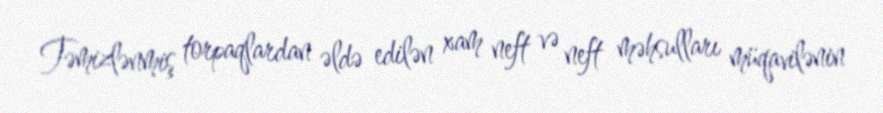
Təmizlənmiş torpaqlardan əldə edilən xam neft və neft məhsulları müqavilənin